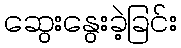
ဆွေးနွေးခဲ့ခြင်း